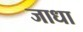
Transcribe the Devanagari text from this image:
जाधा